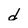
Character: d